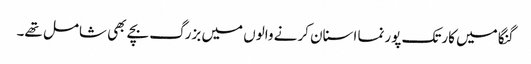
گنگا میں کارتک پورنما اسنان کرنے والوں میں بزرگ بچے بھی شامل تھے۔